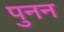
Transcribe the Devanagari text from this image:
पुनन